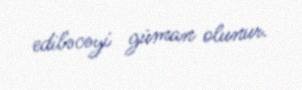
ediləcəyi güman olunur.